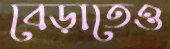
বেড়াতেও